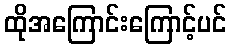
ထိုအကြောင်းကြောင့်ပင်